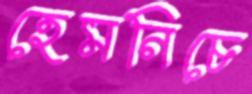
হেমনিচে